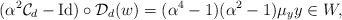
\begin{align*}(\alpha^2 \mathcal{C}_d- \operatorname{Id}) \circ \mathcal{D}_d (w) = (\alpha^4-1)(\alpha^2-1) \mu_y y \in W,\end{align*}